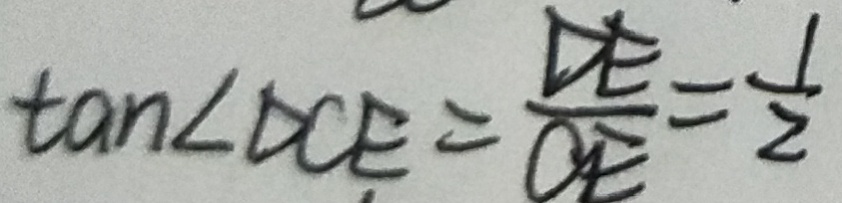
\tan \angle \Delta C E = \frac { D E } { O E } = \frac { 1 } { 2 }